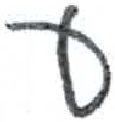
אות: ע